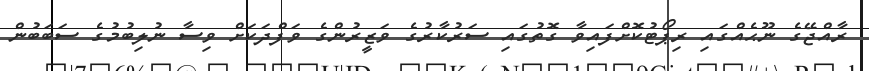
ރާއްޖޭގެ ނޫޙެއްގައި ރިޕޯޓުކޮށްފައިވާ ގޮތުގައި ސަރުކާރުގެ ވަޒީރުންގެ ވަފްދަކަށް ވިސާ ނުލިބުމުގެ ސަބަބުން